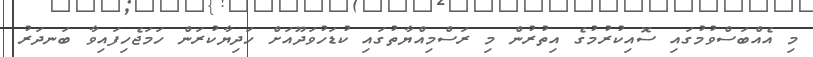
މި އެއްބަސްވުމުގައި ސޮއިކުރުމުގެ އިތުރުން މި ރަސްމިއްޔާތުގައި ކުޑަހުވަދޫއަށް ހަދިޔާކުރަން ހަމަޖެހިފައިވާ ބަނދަރު